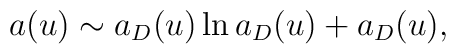
a(u) \sim a_{D}(u) \ln a_{D}(u) + a_{D}(u),